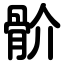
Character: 骱